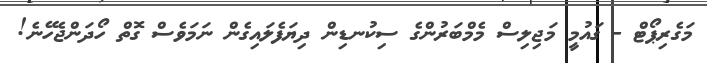
މަގެރިޕޯޓް - ގައުމީ މަޖިލިސް މެމްބަރުންގެ ސިކުނޑިން ދިޔަފެލައިގެން ނަމަވެސް ގޮތް ހޯދަންޖެހޭނެ!